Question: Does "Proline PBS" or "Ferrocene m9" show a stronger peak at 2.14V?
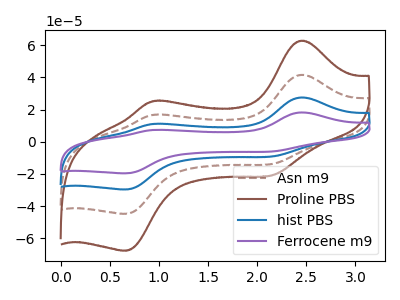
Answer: <think>The brown dashed curve "Asn m9" has anodic peaks at (2.45V, 41.55uA) (0.95V, 16.65uA) and cathodic peaks at (2.15V, -13.90uA) (0.65V, -44.75uA). The brown curve "Proline PBS" has anodic peaks at (2.45V, 62.75uA) (0.95V, 25.15uA) and cathodic peaks at (2.15V, -21.00uA) (0.65V, -67.60uA). The blue curve "hist PBS" has anodic peaks at (2.45V, 83.05uA) (0.95V, 33.30uA) and cathodic peaks at (2.15V, -27.75uA) (0.65V, -89.50uA). The purple curve "Ferrocene m9" has anodic peaks at (2.45V, 124.60uA) (0.95V, 49.95uA) and cathodic peaks at (2.15V, -41.65uA) (0.65V, -134.25uA).</think>
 <answer>The peak at 2.14V is lower in "Proline PBS" than in "Ferrocene m9".</answer>
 <eval>lower</eval>